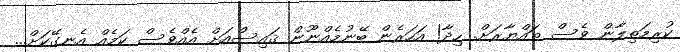
ކުރިމަތިލާން ވެސް ތައްޔާރަށް. ހިދާ! އަހަރެން ބޭނުމެއްނޫން ޤައިސްއަށް އެއްވެސް ކަމެއް އެނގޭކަށް...